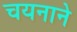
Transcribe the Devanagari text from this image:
चयनाने